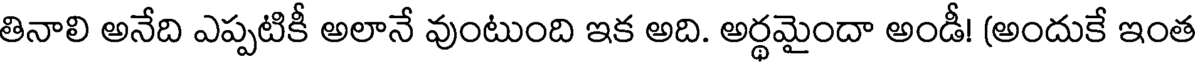
తినాలి అనేది ఎప్పటికీ అలానే వుంటుంది ఇక అది. అర్థమైందా అండీ! (అందుకే ఇంత